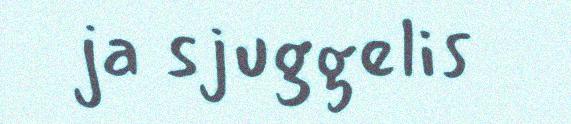
ja sjuggelis